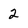
Character: 2